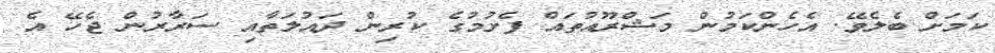
ކަމަށް ބެލެވޭ. އެހެންކަމުން މަޝްރޫއުތައް ފެށުމުގެ ކުރިން ދައުލަތާއި ސަރާރުން ޖެހޭ އެ